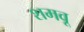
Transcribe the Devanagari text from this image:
शमवू